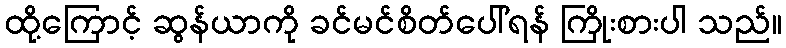
ထို့ကြောင့် ဆွန်ယာကို ခင်မင်စိတ်ပေါ်ရန် ကြိုးစားပါ သည်။